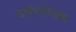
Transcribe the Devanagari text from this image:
घर्षणरोधक